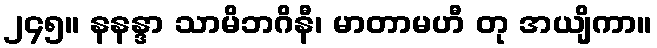
၂၄၅။ နနန္ဒာ သာမိဘဂိနီ၊ မာတာမဟီ တု အယျိကာ။